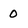
Character: 0